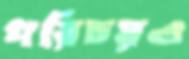
পরিচয়ও